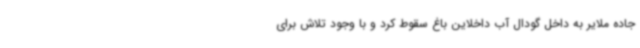
جاده ملایر به داخل گودال آب داخلاین باغ سقوط کرد و با وجود تلاش برای